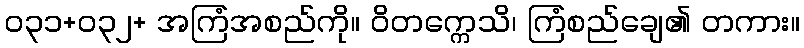
၀၃၁+၀၃၂+ အကြံအစည်ကို။ ဝိတက္ကေသိ၊ ကြံစည်ချေ၏ တကား။